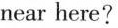
near here?